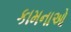
કામનાઓ